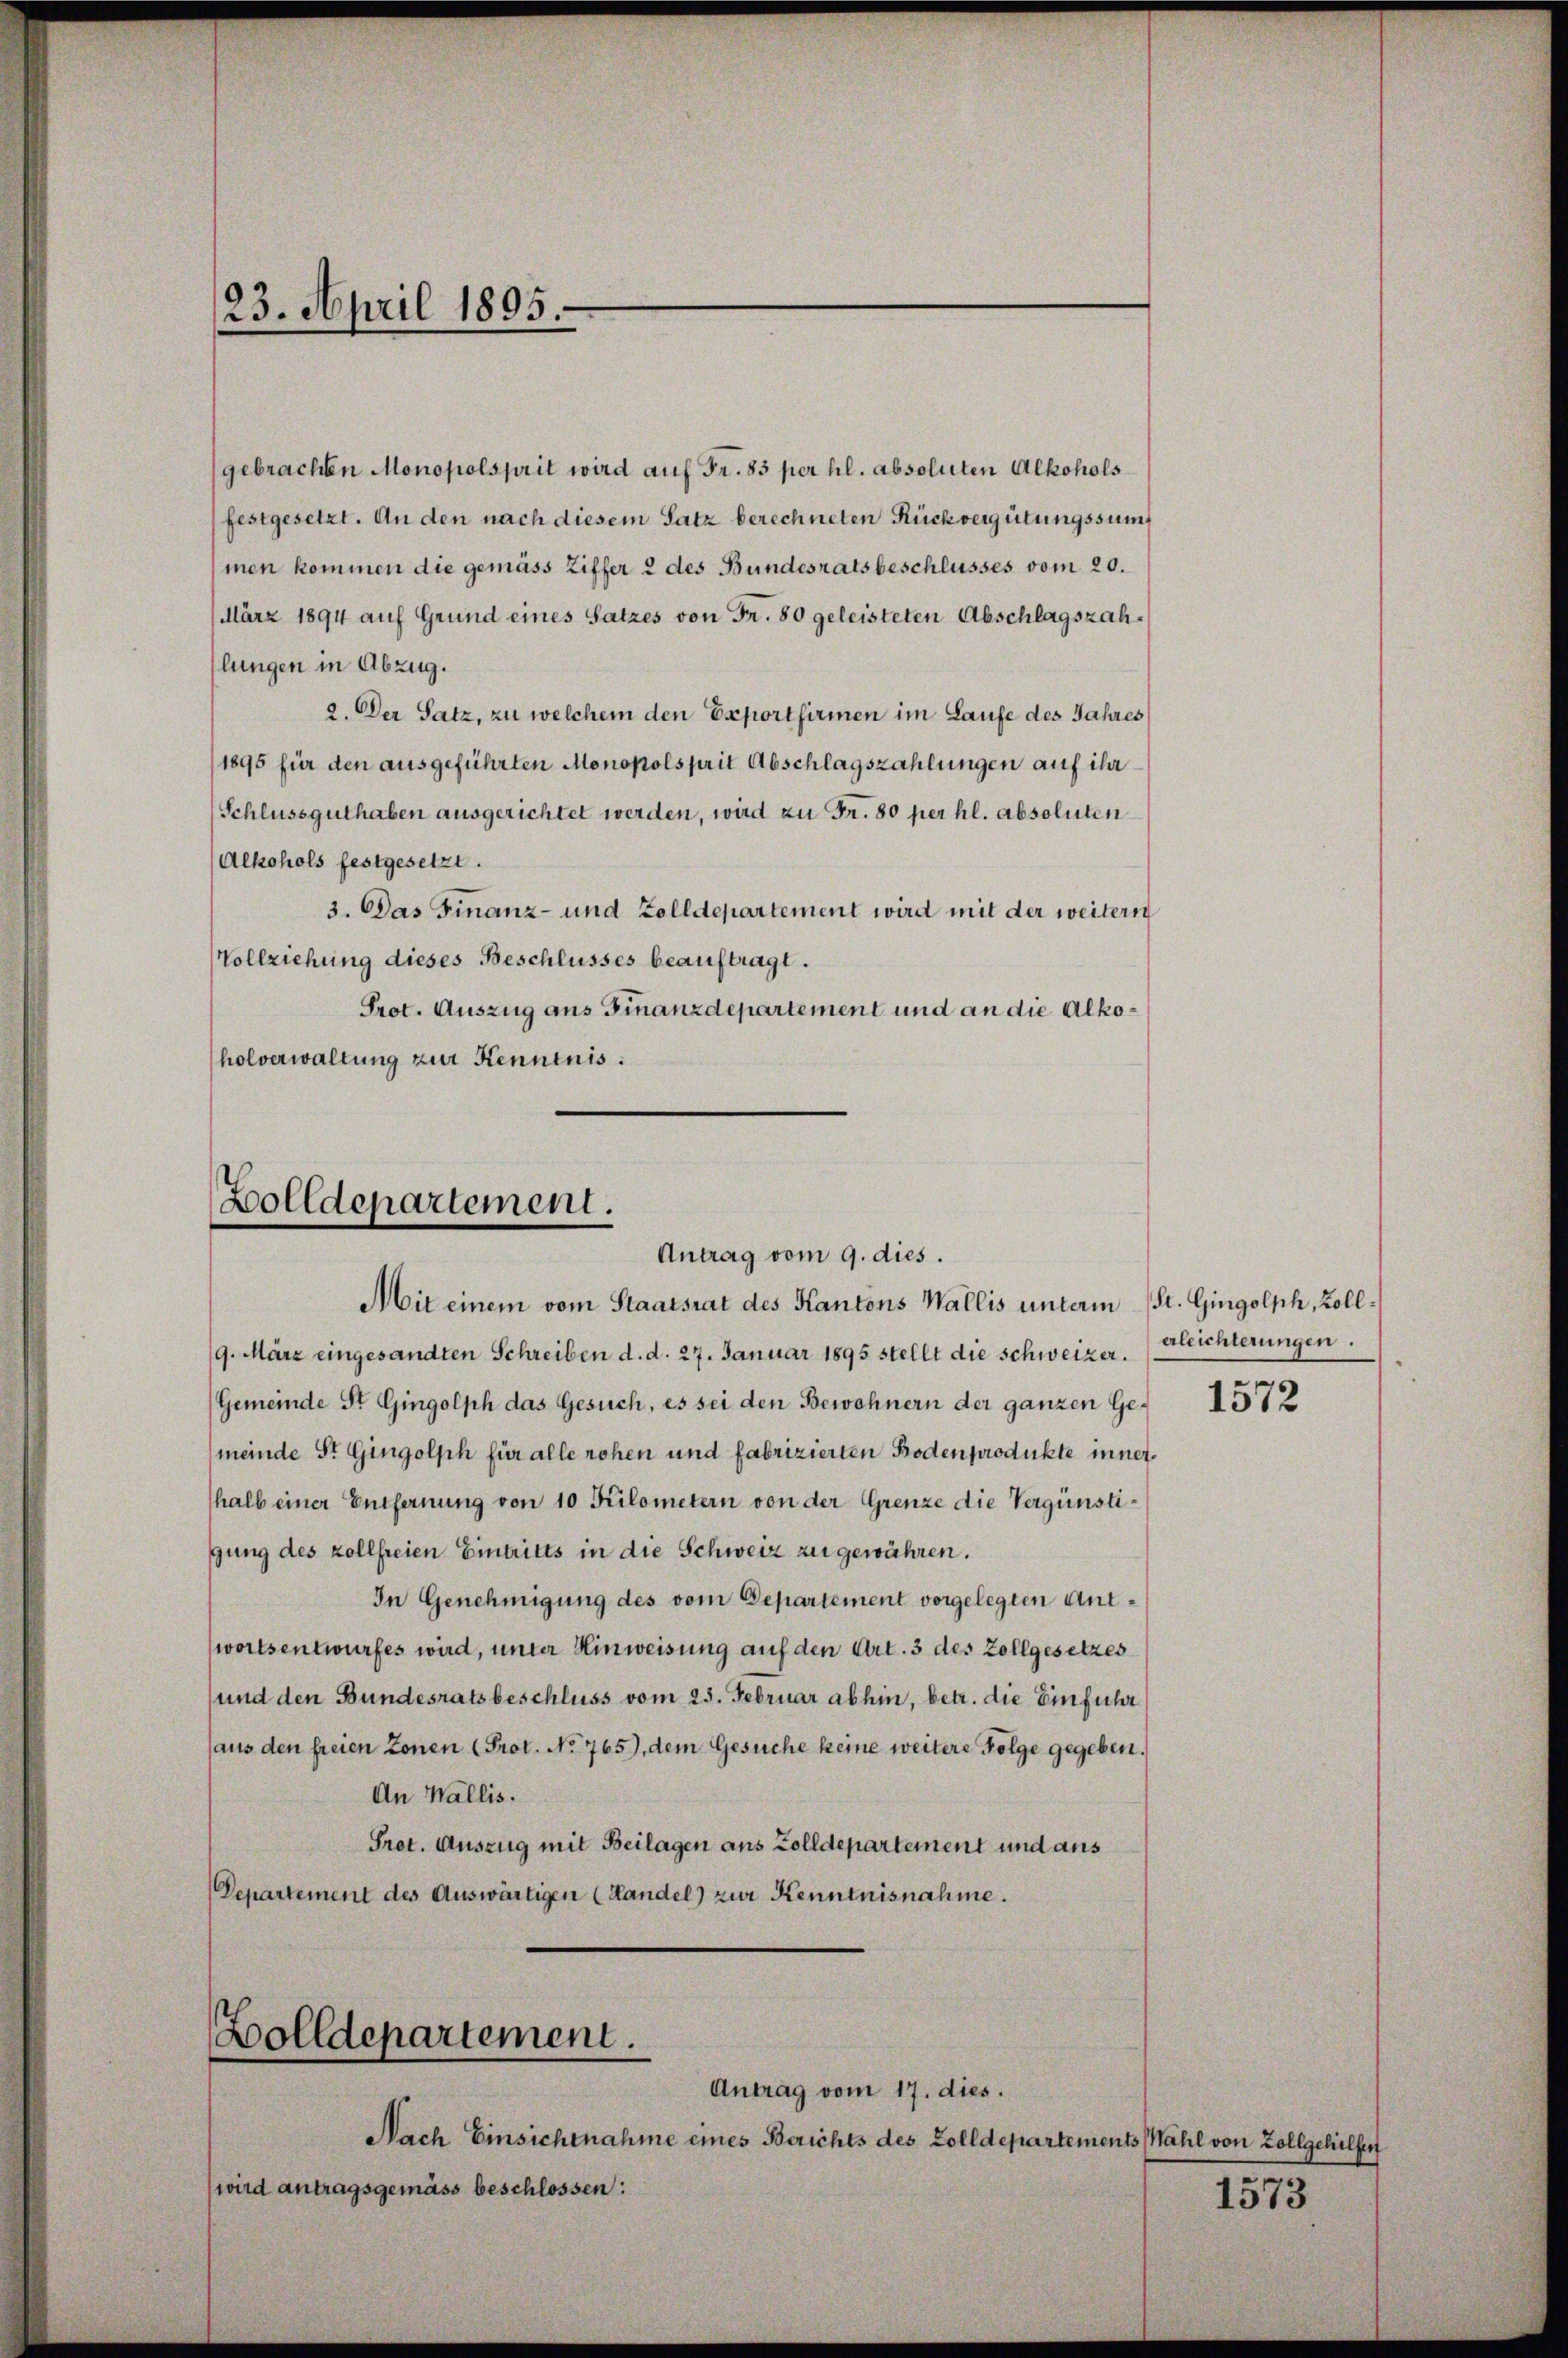
23. April 1895.

gebrachten Monopolsprit wird auf Fr. 83 per hl. absoluten Alkohols
festgesetzt. An den nach diesem Satz berechneten Rückvergütungssumf
men kommen die gemäss Ziffer 2 des Bundesratsbeschlusses vom 20.
März 1894 auf Grund eines Satzes von Fr. 80 geleisteten Abschlagszahlungen in Abzug.
2. Der Satz, zu welchem den Exportfirmen im Laufe des Jahres
(1895 für den ausgeführten Monopolsprit Abschlagszahlungen auf ihr
(Schlussguthaben ausgerichtet werden, wird zu Fr. 80 per hl. absoluten
Alkohols festgesetzt.
3. Das Finanz- und Zolldepartement wird mit der weitern
Vollziehung dieses Beschlusses beauftragt.
Prot. Auszug aus Finanzdepartement und an die Alkoholverwaltung zur Kenntnis.

Zolldepartement.
Antrag vom 9. dies.
Mit einem vom Staatsrat des Kantons Wallis unterm St. Gingolph, Zoll¬

9. März eingesandten Schreiben d. d. 27. Januar 1895 stellt die schweizer.
(Gemeinde St. Gingolph das Gesuch, es sei den Bewohnern der ganzen Gemeinde St. Gingolph für alle rohen und fabrizierten Bodenprodukte innerhalb einer Entfernung von 10 Kilometern von der Grenze die Vergünstigung des kollfreien Eintritts in die Schweiz zu gewähren.
In Genehmigung des vom Departement vorgelegten Antwortsentwurfes wird, unter Hinweisung auf den Art. 3 des Zollgesetzes
und den Bundesratsbeschluss vom 25. Februar abhin, betr. die Einführ
(aus den freien Zonen (Prot. No. 765), dem Gesuche keine weitere Folge gegeben.
An Wallis.
Prot. Auszug mit Beilagen aus Zolldepartement und aus
(Departement des Auswärtigen (Handel) zur Kenntnisnahme.

Bolldepartement.
Antrag vom 17. dies.

Nach Einsichtnahme eines Berichts des Zolldeparteme
wird antragsgemäss beschlossen:

erleichterungen.

1572

dts Mahl von Zollgehilfen

1573